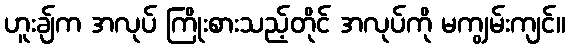
ဟူးချ်က အလုပ် ကြိုးစားသည့်တိုင် အလုပ်ကို မကျွမ်းကျင်။